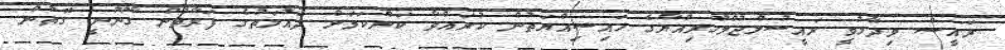
ރައީސް ވިދާޅުވީ ރައީސުލްޖުމްހޫރިއްޔާގެ ހައިސިއްޔަތުން ކުރައްވާ ކަންކަމަށް ދައުލަތުގެ ފަރާތުން ގާނޫނީ ގޮތުން